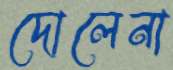
দোলেনা